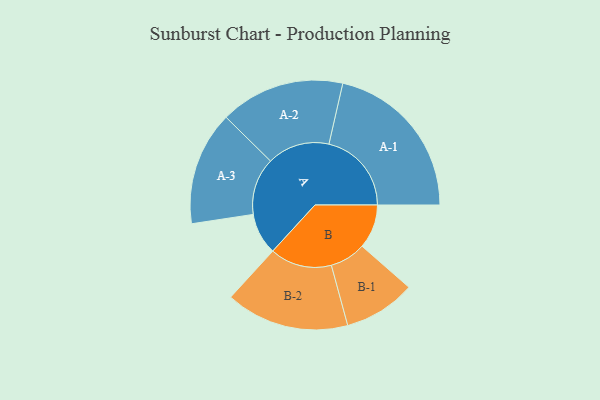
{"axis": {"x": "Segment", "y": "Value"}, "legend": ["", "A", "B"], "data": [{"x": "A", "y": 148, "type": ""}, {"x": "B", "y": 157, "type": ""}, {"x": "A-1", "y": 294, "type": "A"}, {"x": "A-2", "y": 222, "type": "A"}, {"x": "A-3", "y": 203, "type": "A"}, {"x": "B-1", "y": 128, "type": "B"}, {"x": "B-2", "y": 220, "type": "B"}]}